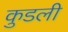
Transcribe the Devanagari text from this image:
कुडली